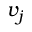
v _ { j }